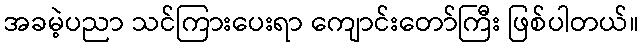
အခမဲ့ပညာ သင်ကြားပေးရာ ကျောင်းတော်ကြီး ဖြစ်ပါတယ်။